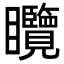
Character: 𥍖